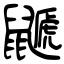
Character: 鼶